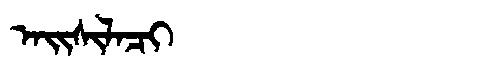
Manchu: ᠠᡳᠰᡳᠯᠠᠴᡳ
Romanization: AISILACI